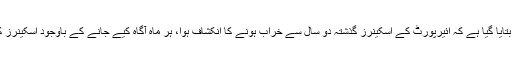
میڈیا رپورٹس میں مزید بتایا گیا ہے کہ ائیرپورٹ کے اسکینرز گذشتہ دو سال سے خراب ہونے کا انکشاف ہوا، ہر ماہ آگاہ کیے جانے کے باوجود اسکینرز کو ٹھیک نہیں کروایا گیا۔